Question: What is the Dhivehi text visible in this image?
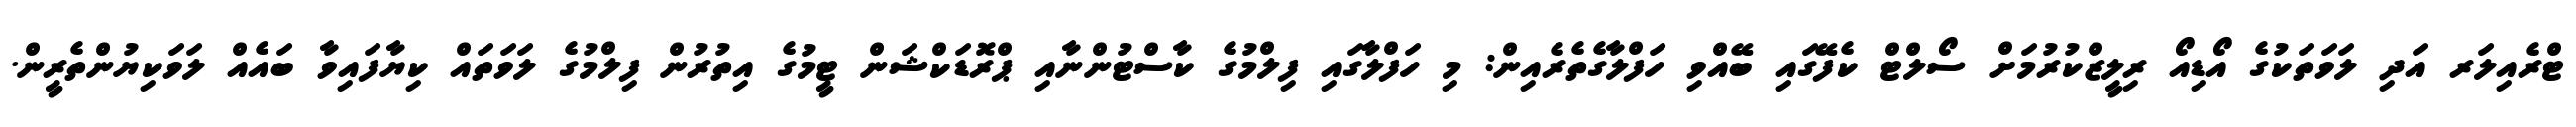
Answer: ޓްރެއިލަރ އަދި ލަވަތަކުގެ އޯޑިއޯ ރިލީޒްކުރުމަށް ސޯލްޓް ކެފޭގައި ބޭއްވި ހަފްލާގެތެރެއިން: މި ހަފްލާގައި ފިލްމުގެ ކާސްޓުންނާއި ޕްރޮޑަކްޝަން ޓީމުގެ އިތުރުން ފިލްމުގެ ލަވަތައް ކިޔާފައިވާ ބައެއް ލަވަކިޔުންތެރީން.